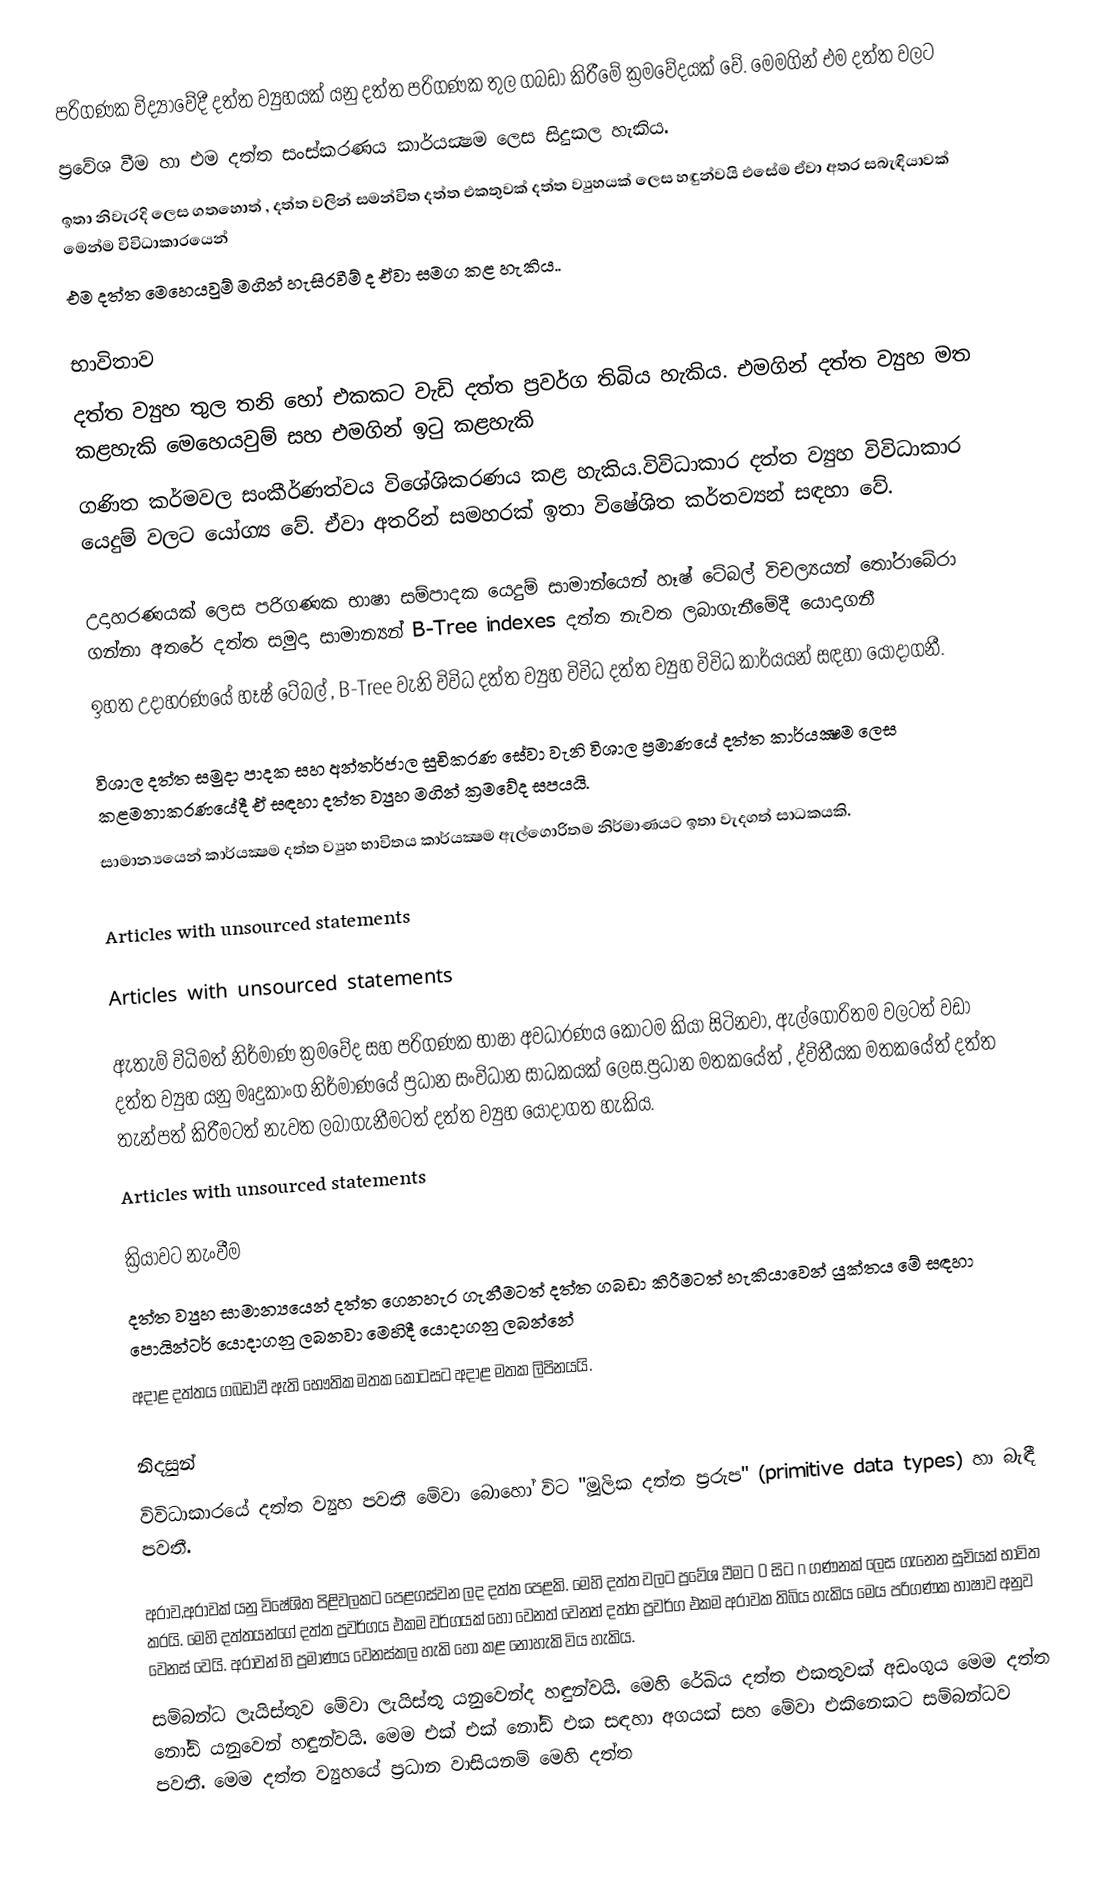
පරිගණක විද්‍යාවේදී  දත්ත ව්‍යුහයක්  යනු දත්ත පරිගණක තුල ගබඩා කිරීමේ ක්‍රමවේදයක් වේ. මෙමගින් එම දත්ත වලට
ප්‍රවේශ වීම හා එම දත්ත සංස්කරණය කාර්යක්‍ෂම ලෙස සිදුකල හැකිය.
ඉතා නිවැරදි ලෙස ගතහොත් , දත්ත වලින් සමන්විත දත්ත එකතුවක් දත්ත ව්‍යුහයක් ලෙස හඳුන්වයි එසේම ඒවා අතර   සබැඳියාවක්  මෙන්ම විවිධාකාරයෙන්
එම දත්ත මෙහෙයවුම් මගින් හැසිරවීම් ද ඒවා සමග කළ හැකිය..

භාවිතාව
දත්ත ව්‍යුහ තුල තනි හෝ  එකකට වැඩි දත්ත ප්‍රවර්ග  තිබිය හැකිය.  එමගින් දත්ත ව්‍යුහ මත කළහැකි මෙහෙයවුම් සහ  එමගින් ඉටු කළහැකි
ගණිත කර්මවල සංකීර්ණත්වය විශේශිකරණය කළ හැකිය.විවිධාකාර දත්ත ව්‍යුහ විවිධාකාර යෙදුම් වලට යෝග්‍ය වේ. ඒවා අතරින් සමහරක් ඉතා විෂේශිත කර්තව්‍යන් සඳහා වේ.

උදාහරණයක් ලෙස පරිගණක භාෂා සම්පාදක යෙදුම් සාමාන්යෙන් හෑෂ් ටේබල් විචල්‍යයන් තෝරාබේරා ගන්නා අතරේ   දත්ත සමුදා  සාමාන්‍යන් B-Tree indexes දත්ත නැවත ලබාගැනීමේදී  යොදාගනී
ඉහත උදාහරණයේ  හෑෂ් ටේබල් , B-Tree වැනි විවිධ දත්ත ව්‍යුහ විවිධ දත්ත ව්‍යුහ විවිධ කාර්යයන් සඳහා යොදාගනී.

 විශාල දත්ත සමුදා පාදක සහ අන්තර්ජාල සුචිකරණ සේවා  වැනි  විශාල ප්‍රමාණයේ දත්ත කාර්යක්‍ෂම ලෙස කළමනාකරණයේදී  ඒ සඳහා දත්ත ව්‍යුහ මගින් ක්‍රමවේද සපයයි.
සාමාන්‍යයෙන්  කාර්යක්‍ෂම දත්ත ව්‍යුහ භාවිතය කාර්යක්‍ෂම ඇල්ගොරිතම නිර්මාණයට  ඉතා වැදගත්  සාධකයකි.

Articles with unsourced statements

Articles with unsourced statements

ඇතැම් විධිමත් නිර්මාණ ක්‍රමවේද සහ පරිගණක භාෂා අවධාරණය කොටම කියා සිටිනවා, ඇල්ගොරිතම වලටත් වඩා දත්ත ව්‍යුහ යනු මෘදුකාංග නිර්මාණයේ ප්‍රධාන සංවිධාන සාධකයක් ලෙස.ප්‍රධාන මතකයේත් , ද්විතීයක මතකයේත් දත්ත තැන්පත් කිරීමටත් නැවත ලබාගැනීමටත් දත්ත ව්‍යුහ යොදාගත හැකිය.  
Articles with unsourced statements

ක්‍රියාවට නැංවීම
 දත්ත ව්‍යුහ සාමාන්‍යයෙන් දත්ත ගෙනහැර ගැනීමටත්  දත්ත ගබඩා කිරීමටත්  හැකියාවෙන් යුක්තය මේ සඳහා පොයින්ටර් යොදාගනු ලබනවා මෙහිදී යොදාගනු ලබන්නේ
අදාළ දත්තය ගබඩාවී ඇති භෞතික මතක කෝටසට අදාළ මතක ලිපිනයයි.

නිදසුන්
විවිධාකාරයේ දත්ත ව්‍යුහ පවතී මේවා බොහෝ විට "මූලික දත්ත ප්‍රරුප" (primitive data types)  හා බැඳී පවතී.

 අරාව,අරාවක් යනු විෂේශිත පිළිවලකට පෙළගස්වන ලද  දත්ත  පෙළකි. මෙහි දත්ත වලට ප්‍රවේශ වීමට 0 සිට n ගණනක් ලෙස ගැනෙන සුචියක් භාවිත කරයි. මෙහි දත්තයන්ගේ   දත්ත ප්‍රවර්ගය එකම  වර්ගයක් හෝ  වෙනත් වෙනත් දත්ත ප්‍රවර්ග එකම අරාවක තිබිය හැකිය මෙය පරිගණක භාෂාව අනුව වෙනස් වෙයි. අරාවන්  හි  ප්‍රමාණය  වෙනස්කල හැකි හෝ   කළ නොහැකි විය හැකිය.
 සම්බන්ධ ලැයිස්තුව මේවා ලැයිස්තු යනුවෙන්ද හඳුන්වයි. මෙහි රේඛිය දත්ත එකතුවක්  අඩංගුය  මෙම දත්ත නෝඩ්  යනුවෙන් හඳුන්වයි. මෙම එක්  එක් නෝඩ්   එක සඳහා අගයක් සහ මේවා එකිනෙකට සම්බන්ධව පවතී. මෙම දත්ත ව්‍යුහයේ  ප්‍රධාන වාසියනම්  මෙහි දත්ත